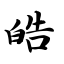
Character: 皓